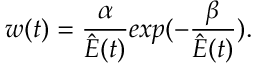
w ( t ) = \frac { \alpha } { \hat { E } ( t ) } e x p ( - \frac { \beta } { \hat { E } ( t ) } ) .